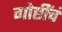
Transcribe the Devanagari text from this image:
गोष्टींचं